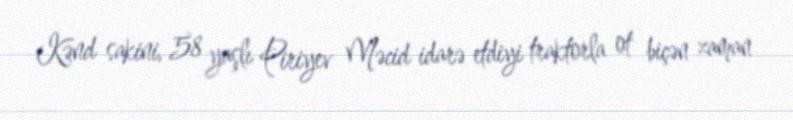
Kənd sakini, 58 yaşlı Piriyev Məcid idarə etdiyi traktorla ot biçən zaman